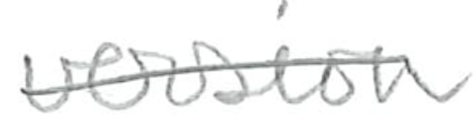
Text: version
Cross-out: single-line
Writing tool: pencil